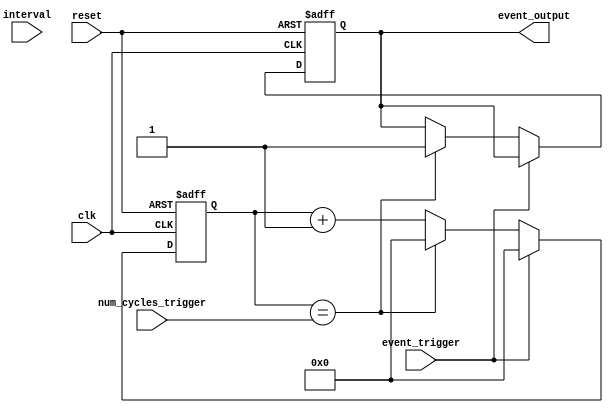
module Event_Timer (
    input wire clk,
    input wire reset,
    input wire event_trigger,
    input wire [7:0] interval,
    input wire [15:0] num_cycles_trigger,
    output reg event_output
);

reg [15:0] counter;

always @(posedge clk or posedge reset) begin
    if (reset) begin
        counter <= 0;
        event_output <= 0;
    end else begin
        if (event_trigger) begin
            counter <= 0;
        end else if (counter == num_cycles_trigger) begin
            counter <= 0;
            event_output <= 1;
        end else begin
            counter <= counter + 1;
        end
    end
end

endmodule